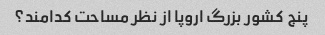
پنج کشور بزرگ اروپا از نظر مساحت کدامند؟